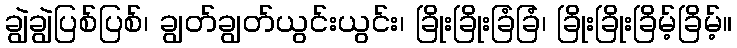
ချွဲချွဲပြစ်ပြစ်၊ ချွတ်ချွတ်ယွင်းယွင်း၊ ခြိုးခြိုးခြံခြံ၊ ခြိုးခြိုးခြိမ့်ခြိမ့်။